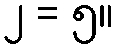
၂ = ၅။